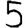
Digit: 5